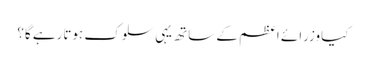
کیاوزرائے اعظم کے ساتھ یہی سلوک ہوتارہے گا؟